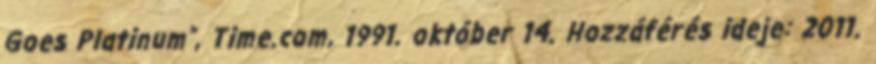
Goes Platinum”, Time.com, 1991. október 14. Hozzáférés ideje: 2011.